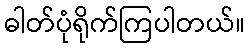
ဓါတ်ပုံရိုက်ကြပါတယ်။